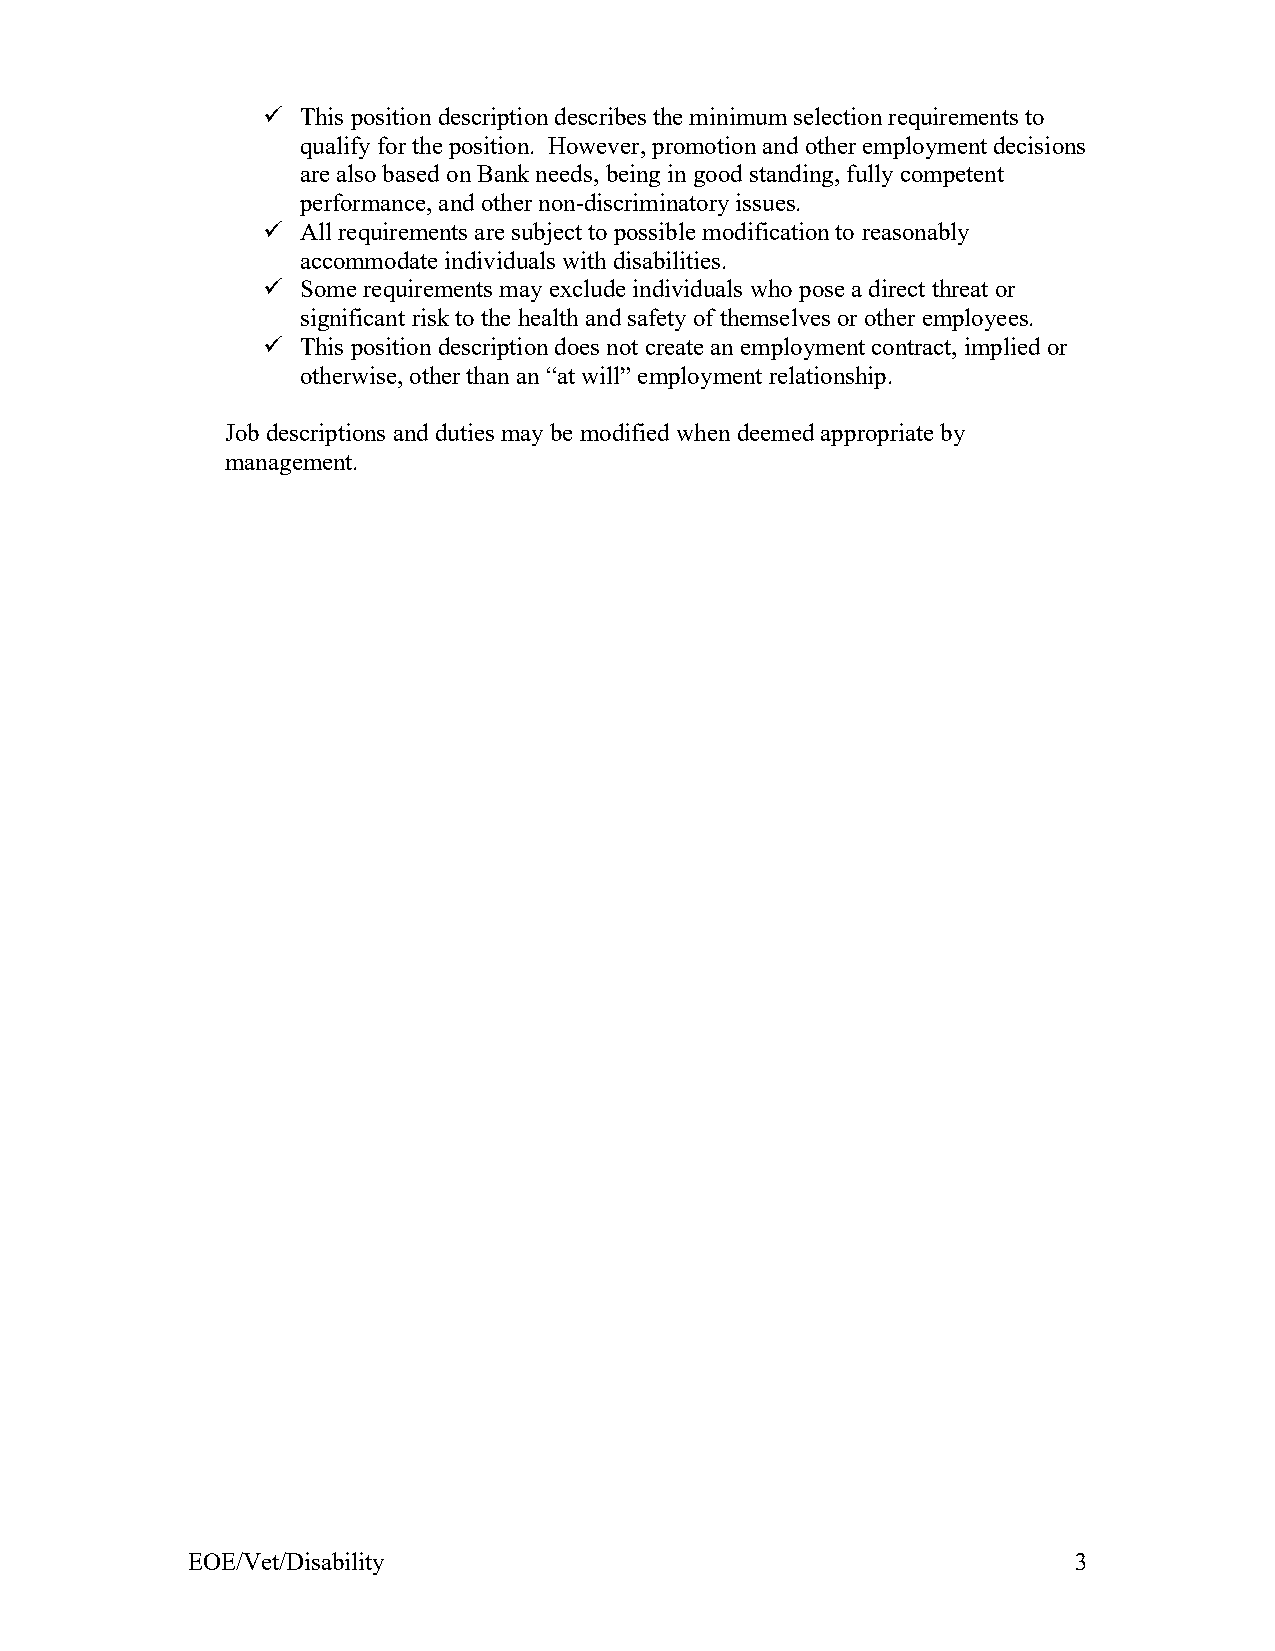
  This position description describes the minimum selection requirements to
 qualify for the position. However, promotion and other employment decisions
 are also based on Bank needs, being in good standing, fully competent
 performance, and other non-discriminatory issues.
   All requirements are subject to possible modification to reasonably
 accommodate individuals with disabilities.
   Some requirements may exclude individuals who pose a direct threat or
 significant risk to the health and safety of themselves or other employees.
   This position description does not create an employment contract, implied or
 otherwise, other than an “at will” employment relationship.
 Job descriptions and duties may be modified when deemed appropriate by
 management.
 EOE/Vet/Disability                                         3